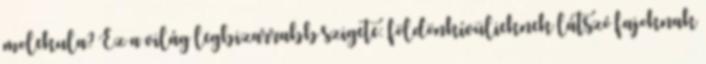
molekula? Ez a világ legbizarrabb szigete: földönkívülieknek látszó fajoknak